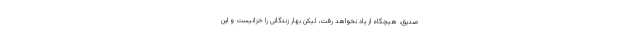
صدیق، هیچگاه از یاد نخواهد رفت، لیکن بهار زندگانی را خزانیست و این